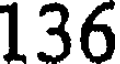
136